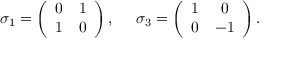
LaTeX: \sigma _ { 1 } = \left( \begin{array} { c c } { { 0 } } & { { 1 } } \\ { { 1 } } & { { 0 } } \end{array} \right) , ~ ~ ~ ~ \sigma _ { 3 } = \left( \begin{array} { c c } { { 1 } } & { { 0 } } \\ { { 0 } } & { { - 1 } } \end{array} \right) .